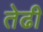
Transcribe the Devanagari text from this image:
तेढी